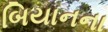
બિયાનના